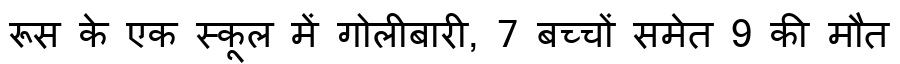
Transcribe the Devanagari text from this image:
रूस के एक स्कूल में गोलीबारी, 7 बच्चों समेत 9 की मौत